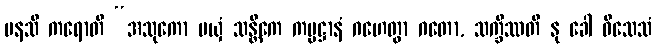
မနသိ ကရောတိ “အသုကော မယှံ သန္တိကေ ကမ္မဋ္ဌာနံ ဂဟေတွာ ဂတော, သက္ခိဿတိ နု ခေါ ဝိသေသံ